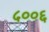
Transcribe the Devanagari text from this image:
५००६